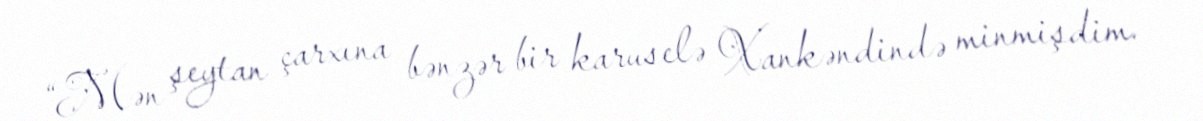
“Mən şeytan çarxına bənzər bir karuselə Xankəndində minmişdim.